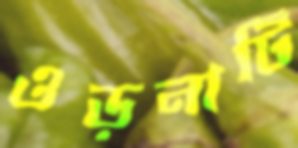
ওড়নাটি